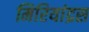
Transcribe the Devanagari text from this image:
मिरियांद्रस